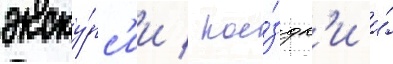
экску́рс'ии / пое́здк'и и́